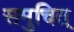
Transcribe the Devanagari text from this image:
समुचित्